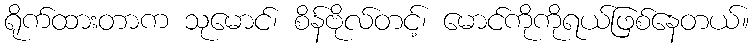
ရိုက်ထားတာက သုမောင်၊ စိန်ဗိုလ်တင့်၊ မောင်ကိုကိုရယ်ဖြစ်နေတယ်။